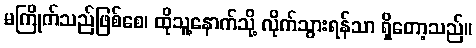
မကြိုက်သည်ဖြစ်စေ၊ ထိုသူ့နောက်သို့ လိုက်သွားရန်သာ ရှိတော့သည်။